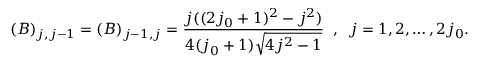
( B ) _ { j , j - 1 } = ( B ) _ { j - 1 , j } = \frac { j ( ( 2 j _ { 0 } + 1 ) ^ { 2 } - j ^ { 2 } ) } { 4 ( j _ { 0 } + 1 ) \sqrt { 4 j ^ { 2 } - 1 } } \; \; , \; \; j = 1 , 2 , \ldots , 2 j _ { 0 } .